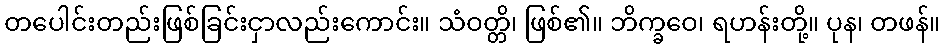
တပေါင်းတည်းဖြစ်ခြင်းငှာလည်းကောင်း။ သံဝတ္တိ၊ ဖြစ်၏။ ဘိက္ခဝေ၊ ရဟန်းတို့။ ပုန၊ တဖန်။